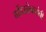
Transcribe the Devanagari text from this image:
गोंधळेकरांनी